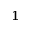
^ 1